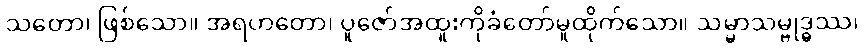
သတော၊ ဖြစ်သော။ အရဟတော၊ ပူဇော်အထူးကိုခံတော်မူထိုက်သော။ သမ္မာသမ္ဗုဒ္ဓဿ၊